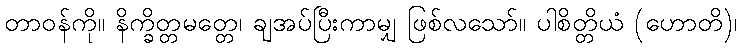
တာဝန်ကို။ နိက္ခိတ္တမတ္တေ၊ ချအပ်ပြီးကာမျှ ဖြစ်လသော်။ ပါစိတ္တိယံ (ဟောတိ)၊